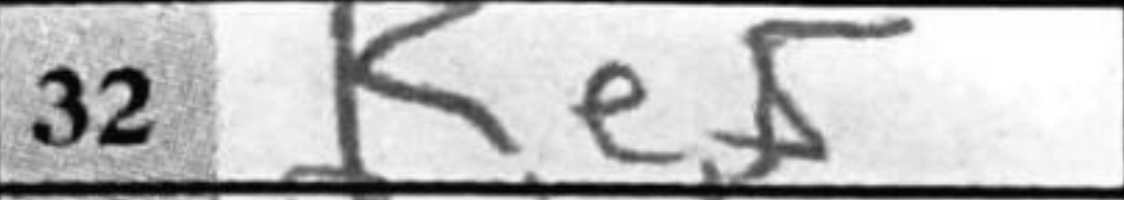
Transcription: Ke5